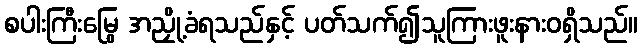
စပါးကြီးမြွေ အညှို့ခံရသည်နှင့် ပတ်သက်၍သူကြားဖူးနားဝရှိသည်။